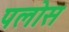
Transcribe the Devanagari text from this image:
पलोस